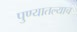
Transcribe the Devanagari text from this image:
पुण्यातल्याच